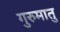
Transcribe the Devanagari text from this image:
गुरुमातु